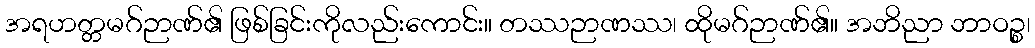
အရဟတ္တမဂ်ဉာဏ်၏ ဖြစ်ခြင်းကိုလည်းကောင်း။ တဿဉာဏဿ၊ ထိုမဂ်ဉာဏ်၏။ အဘိညာ ဘာဝဉ္စ၊